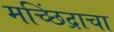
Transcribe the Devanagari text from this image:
मच्छिंद्राचा